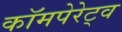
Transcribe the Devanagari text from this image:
कॉमपेरेट्व